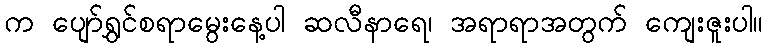
က ပျော်ရွှင်စရာမွေးနေ့ပါ ဆလီနာရေ၊ အရာရာအတွက် ကျေးဇူးပါ။